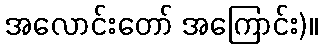
အလောင်းတော် အကြောင်း)။